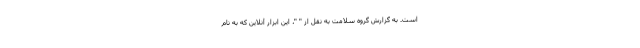
است. به گزارش گروه سلامت به نقل از " "، این ابزار آنلاین که به نام